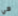
هي